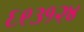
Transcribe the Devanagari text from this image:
६९३१२४